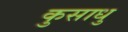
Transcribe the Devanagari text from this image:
कुसाधु